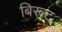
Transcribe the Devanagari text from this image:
बिरूट